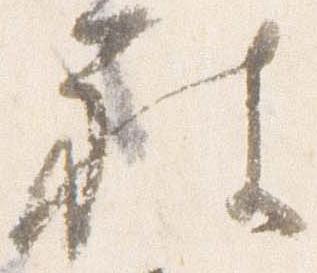
被